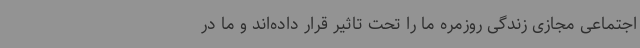
اجتماعی مجازی زندگی روزمره ما را تحت تاثیر قرار داده‌اند و ما در